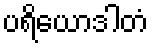
ပရိယောဒါတံ